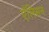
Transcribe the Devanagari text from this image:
एॅलिसन